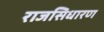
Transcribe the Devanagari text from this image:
राजसिधारण